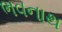
ભવનાથ